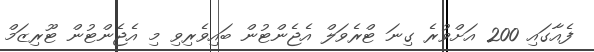
ފެއާގައި 200 އަށްވުރެ ގިނަ ޓްރެވަލް އެޖެންޓުން ބައިވެރިވި މި އެޖެންޓުން ޓޫރިޒަމް